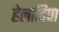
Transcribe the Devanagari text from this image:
हेलादिपा